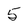
Character: 5